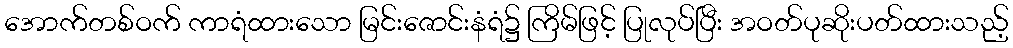
အောက်တစ်ဝက် ကာရံထားသော မြင်းဇောင်းနံရံ၌ ကြိမ်ဖြင့် ပြုလုပ်ပြီး အဝတ်ပုဆိုးပတ်ထားသည့်